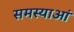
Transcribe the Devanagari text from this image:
समस्याआं